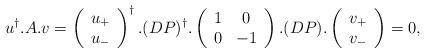
LaTeX: \begin{align*}u^{\dagger}.A.v=\left(\begin{array}{c}u_{+} \\ u_{-} \end{array}\right)^{\dagger}.(DP)^{\dagger}.\left( \begin{array}{cc} 1 & 0 \\ 0 & -1 \end{array}\right).(DP).\left(\begin{array}{c}v_{+} \\ v_{-} \end{array}\right)=0,\end{align*}